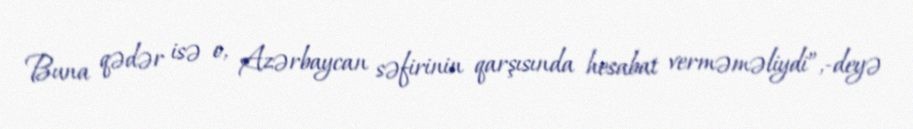
Buna qədər isə o, Azərbaycan səfirinin qarşısında hesabat verməməliydi”,-deyə